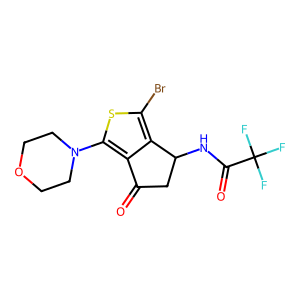
SMILES: O=C1CC(NC(=O)C(F)(F)F)c2c(Br)sc(N3CCOCC3)c21
Inhibits HIV replication: No